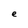
Character: e